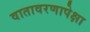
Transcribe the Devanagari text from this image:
वातावरणापेक्षा